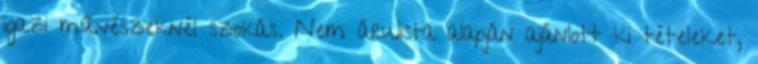
igazi művészeknél szokás. Nem árulista alapján ajánlott ki tételeket,